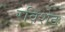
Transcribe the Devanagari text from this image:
रविशेठ